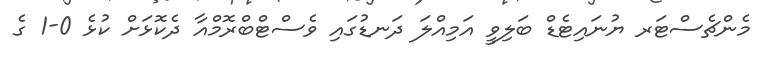
މެންޗެސްޓަރ ޔުނައިޓެޑް ބަލިވީ އަމިއްލަ ދަނޑުގައި ވެސްޓްބްރޮމްއާ ދެކޮޅަށް ކުޅެ 0-1 ގެ